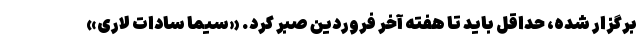
برگزار شده، حداقل باید تا هفته آخر فروردین صبر کرد. «سیما سادات لاری»